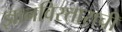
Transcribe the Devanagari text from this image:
ज्ञानविस्ताराची